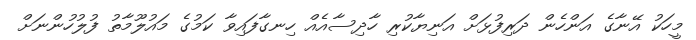
މީހަކު އޭނާގެ އަންހެން ދަރިފުޅަށް އަނިޔާކުރި ހާދިސާއެއް ހިނގާފައިވާ ކަމުގެ މައުލޫމާތު ފުލުހުންނަށް